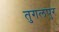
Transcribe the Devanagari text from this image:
तुगलपुर